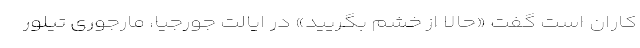
کاران است گفت «حالا از خشم بگریید» در ایالت جورجیا، مارجوری تیلور